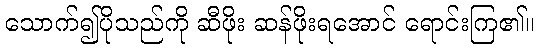
သောက်၍ပိုသည်ကို ဆီဖိုး ဆန်ဖိုးရအောင် ရောင်းကြ၏။